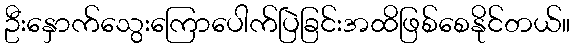
ဦးနှောက်သွေးကြောပေါက်ပြဲခြင်းအထိဖြစ်စေနိုင်တယ်။